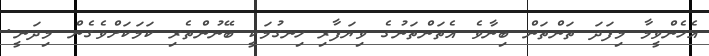
އެހެންވީމާ މިފަދަ ތަންތަން ބިނާވެ އެތަންތަނުގެ ވިޔަފާރި ހިނގުމަކީ ބޭނުންތެރި ކަމަކަށްވެގެން މިދަނީ.